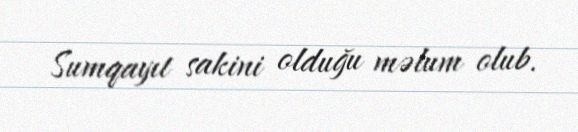
Sumqayıt sakini olduğu məlum olub.